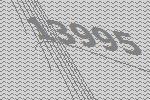
13995